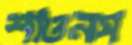
শাওনস